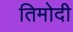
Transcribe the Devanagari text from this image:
तिमोदी